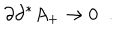
\partial \partial ^ { * } A _ { + } \rightarrow 0 \; \; .